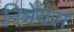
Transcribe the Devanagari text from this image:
निश्रेयस